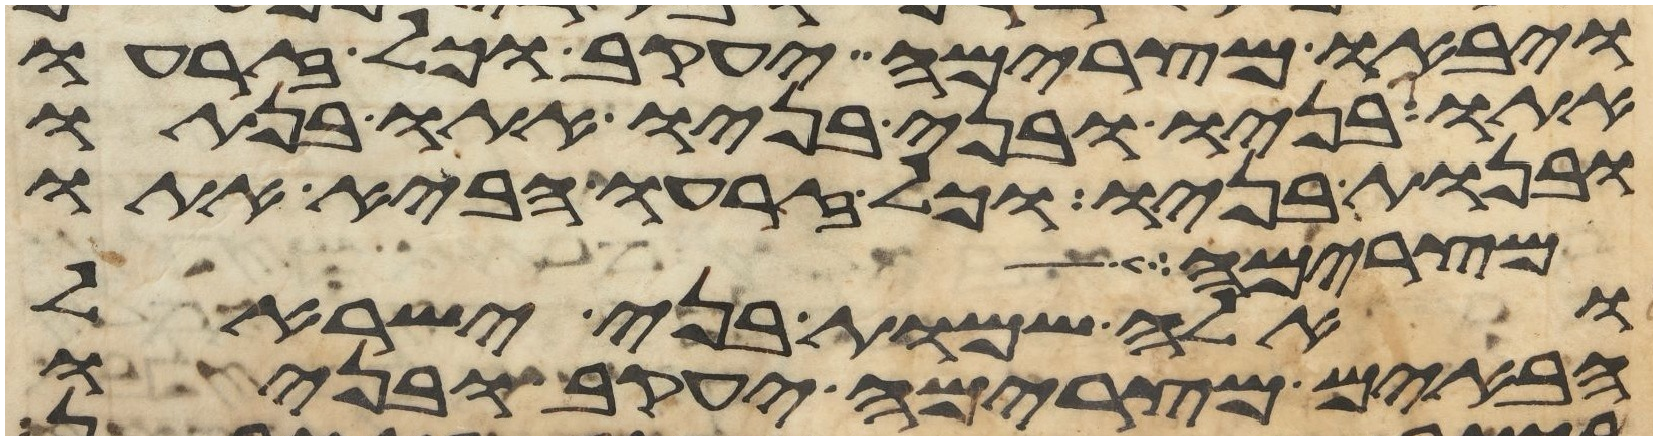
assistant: ויבאו מצרימה יעקב וכל זרעו
אתו בניו ובני בניו אתו בנתיו
ובנות בניו וכל זרעו הביא אתו
מצרימה
ואלה שמות בני ישראל
הבאים מצרימה יעקב ובניו